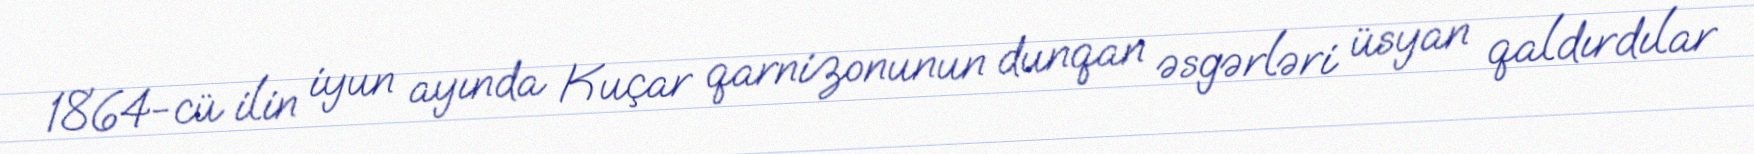
1864-cü ilin iyun ayında Kuçar qarnizonunun dunqan əsgərləri üsyan qaldırdılar